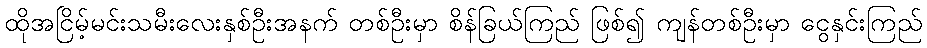
ထိုအငြိမ့်မင်းသမီးလေးနှစ်ဦးအနက် တစ်ဦးမှာ စိန်ခြယ်ကြည် ဖြစ်၍ ကျန်တစ်ဦးမှာ ငွေနှင်းကြည်